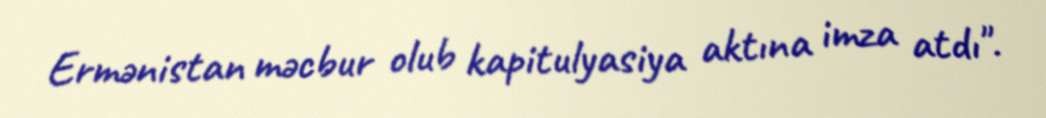
Ermənistan məcbur olub kapitulyasiya aktına imza atdı".